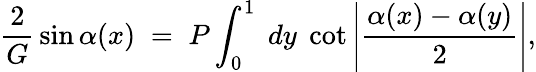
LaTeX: {\frac{2}{G}}\sin\alpha(x)\; =\; P\int_{0}^{1}\; dy\; \cot\left|{\frac{\alpha(x)-\alpha(y)}{2}}\right|,